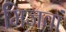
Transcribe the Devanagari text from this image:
मिजवां